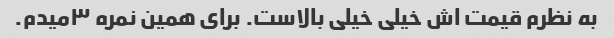
به نظرم قیمت اش خیلی خیلی بالاست. برای همین نمره ۳میدم.